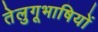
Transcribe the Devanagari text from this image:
तेलुगूभाषियों